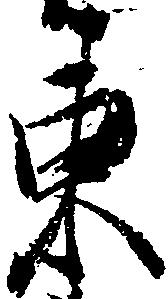
東